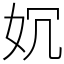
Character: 㚮